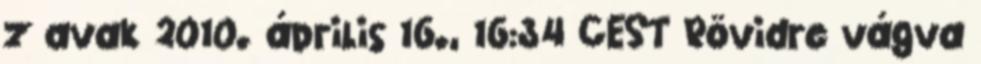
z avak 2010. április 16., 16:34 CEST Rövidre vágva